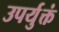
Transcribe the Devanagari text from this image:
उपर्युक्तं